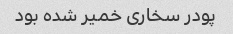
پودر سخاری خمیر شده بود